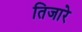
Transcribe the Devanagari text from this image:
तिजारे